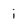
Character: i